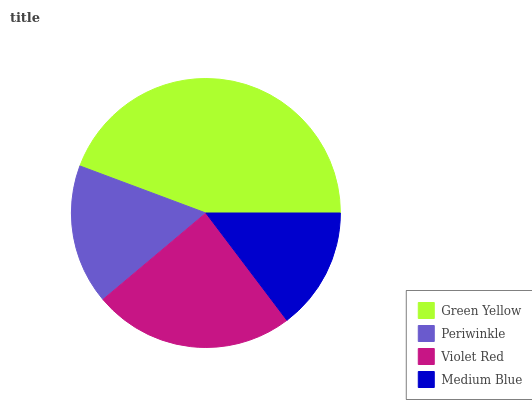
| Green Yellow | Periwinkle | Violet Red | Medium Blue |
 | --- | --- | --- | --- |
 | 44.2% | 16.9% | 24.2% | 14.7% |